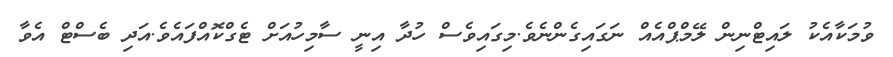
ވުމަކާއެކު ލައިޓްނިން ލޭމްޕްއެއް ނަގައިގެންނެވެ.މިގައިވެސް ހުދާ އިނީ ސާމިހުއަށް ޓެގްކޮއްފައެވެ.އަދި ބެސްޓް އެވާ